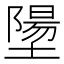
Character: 𪤝